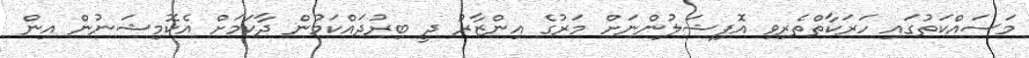
މަސައްކަތުގައި ހަރަކާތްތެރިވި އޮފިޝަލުންނަށް މަރުގެ އިންޒާރު ދީ ބިރުދައްކަމުން ދާކަމަށް އެކޮމިޝަނުން އިން